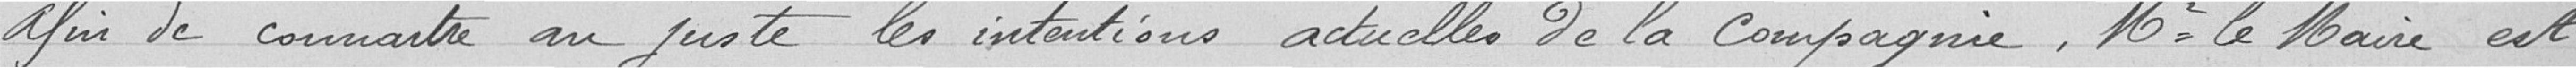
Afin de connaitre au juste les intentions actuelles de la compagnie, monsieur le maire est